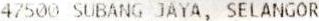
47500 SUBANG JAYA, SELANGOR